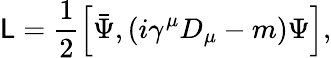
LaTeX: {\cal\mathsf{L}}=\frac{{1}}{{2}}\left[\bar{{\Psi}},(i\gamma^{\mu}D_{\mu}-m)\Psi\right],